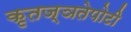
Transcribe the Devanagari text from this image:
कृतज्ञतेपोटी